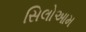
સિલોઆમ